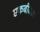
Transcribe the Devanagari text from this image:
एकबीजक